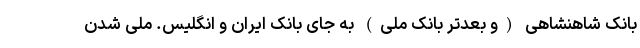
بانک شاهنشاهی (و بعدتر بانک ملی) به جای بانک ایران و انگلیس. ملی شدن